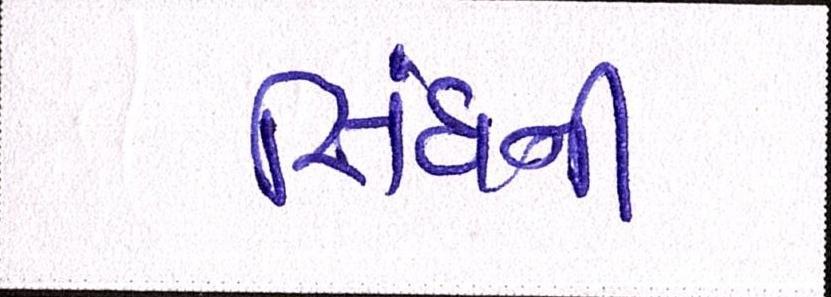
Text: સિંઘની